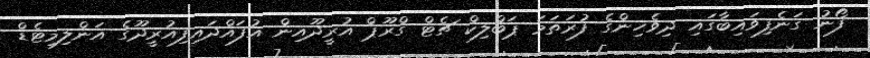
ފޯނު ގަނެފިވައިބާގައި ދިވެހިންގެ ފުރަތަމަ ޕަބްލިކް ޗެޓް ގްރޫޕް އުރީދޫއިން އުފައްދައިފިއުރީދޫގެ އަންލިމިޓެޑް